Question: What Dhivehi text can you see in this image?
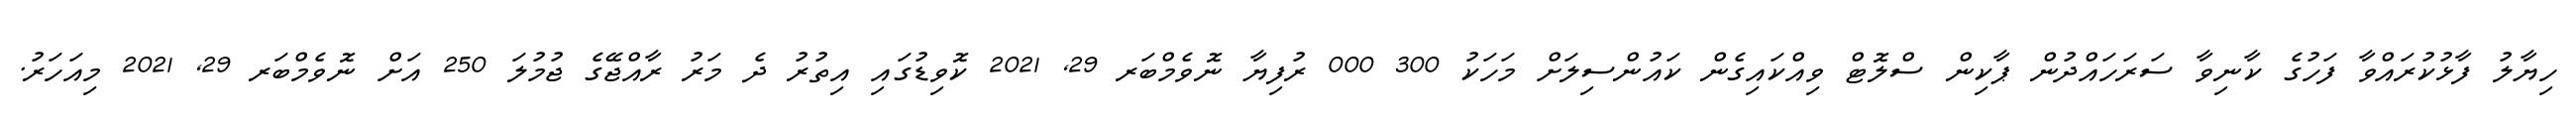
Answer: ހިޔާލު ފާޅުކުރައްވާ ފަހުގެ ކާނިވާ ސަރަހައްދުން ޕާކިން ސްލޮޓް ވިއްކައިގެން ކައުންސިލަށް މަހަކު 300 000 ރުފިޔާ ނޮވެމްބަރ 29, 2021 ކޮވިޑުގައި އިތުރު ދެ މަރު ރާއްޖޭގެ ޖުމުލަ 250 އަށް ނޮވެމްބަރ 29, 2021 މިއަހަރު.